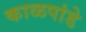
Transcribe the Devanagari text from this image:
काळपांडे